Medical and sanitary report of the native army of Bengal for the year
Year: 1874
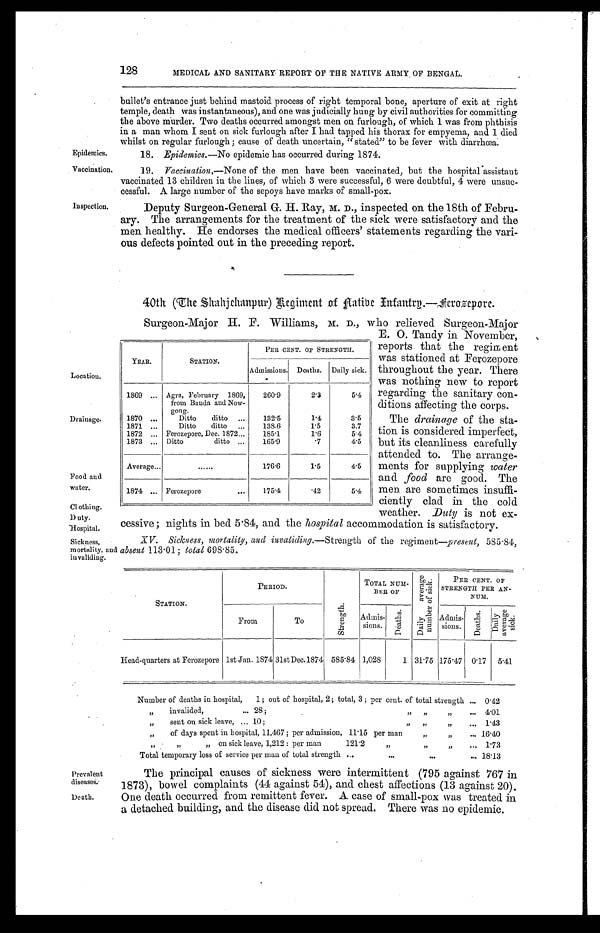
Epidemics.
Vaccination.
Food and
water.
Clothing.
Duty.
Hospital.
XV. Sickness, mortality, and invaliding.— Strength of the regiment— present, 585.84,
absent 113.01; total 698.85.
Sickness,
mortality, and
invaliding.
Prevalent
diseases.
Death.
Inspection.
128
MEDICAL AND SANITARY REPORT OF THE NATIVE ARMY, OF BENGAL.
bullet's entrance just behind mastoid process of right temporal bone, aperture of exit at right
temple, death was instantaneous), and one was judicially hung by civil authorities for committing
the above murder. Two deaths occurred amongst men on furlough, of which 1 was from phthisis
in a man whom I sent on sick furlough after I had tapped his thorax for empyema, and 1 died
whilst on regular furlough ; cause of death uncertain, "stated" to be fever with diarrhœa.
18. Epidemics.— No epidemic has occurred during 1874.
19. Vaccination,— None of the men have been vaccinated, but the hospital assistant
vaccinated 13 children in the lines, of which 3 were successful, 6 were doubtful, 4 were unsuc
-
cessful. A large number of the sepoys have marks of small-pox.
Deputy Surgeon-General G. H. Ray, M. D. , inspected on the 18th of Febru
-
ary. The arrangements for the treatment of the sick were satisfactory and the
men healthy. He endorses the medical officers' statements regarding the vari
-
ous defects pointed out in the preceding report.
40th
(The Shahjchanpur) Regiment of Aatibe Enfantrg.—Aerozepore.
Location.
Drainage.
Surgeon-Major H. F. Williams, M. D., who relieved Surgeon-Major
E. O. Tandy in November,
reports that the regiment
was stationed at Ferozepore
throughout the year. There
was nothing new to report
regarding the sanitary con
-
ditions affecting the corps.
The drainage of the sta
-
tion is considered imperfect,
but its cleanliness carefully
attended to. The arrange
-
ments for supplying water
and food are good. The
men are sometimes insuffi
-
ciently clad in the cold
weather. Duty is not ex
-
cessive ; nights in bed 5.84, and the hospital accommodation is satisfactory.
YEAR.
STATION.
PER CENT. OF STRENGTH.
Admissions. Deaths. Daily sick.
1869 . . . Agra, February 1869,
from Banda and Now -
gong.
260.9
2.3
5.4
1870 . . .
Ditto ditto . . .
132.5
1.4
3.5
1871 . . .
Ditto ditto . . . 138.6
1.5
3.7
1872 . . . Ferozepore, Dec. 1872 . . .
185.1
1.6
5.4
1873 . . . Ditto ditto . . .
165.9
.7
4.5
Average . . .
. . .
176.6
1.5
4.5
1874 . . . Ferozepore . . .
175.4
.42
5.4
STATION.
PERIOD.
S t r e n g t h
TOTAL N
UM-BER OF
D a i l y a v e r a g e n u m b e r o f s i c k .
PER CENT. OF
STRENGTH PER AN-NUM.
From
To
Admis-
sions.
D e a t h s .
Admis-sions.
D e a t h s .
Daily average sick.
Head-quarters at Ferozepore 1st Jan. 1874 31st Dec.1874 585.84 1,028
1 31.75 175.47 0.17
5.41
Number of deaths in hospital, 1; out of hospital, 2 ; total, 3 ; per cent. of total strength . . . 0.42
" invalided, . . . 28; " " " . . . 4.01
" sent on sick leave, . . . 10; " " " . . . 1.43
" of days spent in hospital, 11,467; per admission, 11.15 per man " " . . . 16.40
" " " on sick leave, 1,212 : per man 121.2 " " " . . . 1.73
Total temporary loss of service per man of total strength . . . 18.13
The principal causes of sickness were intermittent (795 against 767 in
1873), bowel complaints (44 against 54), and chest affections (13 against 20).
One death occurred from remittent fever. A case of small-pox was treated in
a detached building, and the disease did not spread. There was no epidemic.